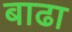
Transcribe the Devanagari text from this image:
बाढा